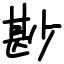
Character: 尠